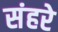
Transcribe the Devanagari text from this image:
संहरे